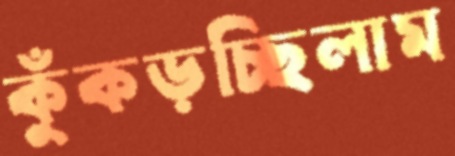
কুঁকড়চ্ছিলাম